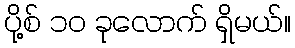
ပို့စ် ၁၀ ခုလောက် ရှိမယ်။